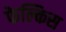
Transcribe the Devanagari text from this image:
फेल्किस